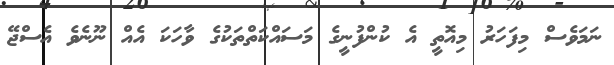
ނަމަވެސް މިފަހަރު މިއޮތީ އެ ކުންފުނީގެ މަސައްކަތްތަކުގެ ވާހަކަ އެއް ނޫނެވެ އެސްޖޭ